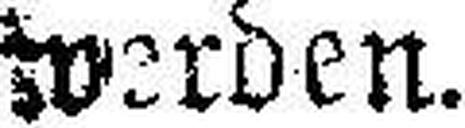
Werden.